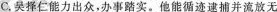
C.吴择仁能力出众，办事踏实。他能循迹逮捕并流放无